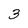
Character: 3